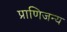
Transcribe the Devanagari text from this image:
प्राणिजन्य